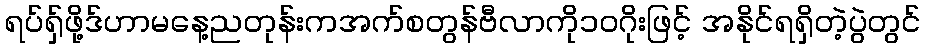
ရပ်ရှ်ဖို့ဒ်ဟာမနေ့ညတုန်းကအက်စတွန်ဗီလာကို၁ဝဂိုးဖြင့် အနိုင်ရရှိတဲ့ပွဲတွင်